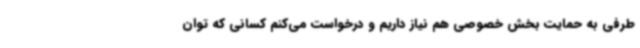
طرفی به حمایت بخش خصوصی هم نیاز داریم و درخواست می‌کنم کسانی که توان